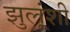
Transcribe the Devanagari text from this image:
झुलूंशी